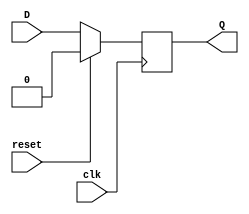
`timescale 1ns / 1ps
//////////////////////////////////////////////////////////////////////////////////
// Company: 
// Engineer: 
// 
// Design Name: 
// Module Name: D_flipfflop
// Project Name: 
// Target Devices: 
// Tool Versions: 
// Description: 
// 
// Dependencies: 
// 
// Revision:
// Revision 0.01 - File Created
// Additional Comments:
// 
//////////////////////////////////////////////////////////////////////////////////


module D_flipfflop(
input wire D,
input wire clk,
input wire reset,
output reg Q
);
always @(posedge clk) begin
if (reset) begin
Q <= 0;
end else begin
Q <= D;
end 
end 
endmodule